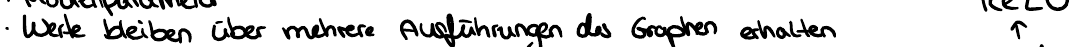
Werte bleiben über mehrere Ausführungen des Graphen erhalten